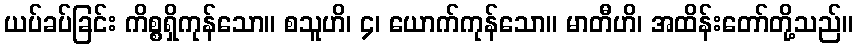
ယပ်ခပ်ခြင်း ကိစ္စရှိကုန်သော။ စသူဟိ၊ ၄၊ ယောက်ကုန်သော။ မာတီဟိ၊ အထိန်းတော်တို့သည်။